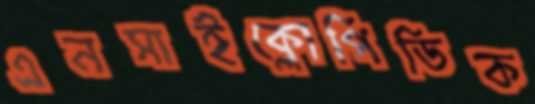
এনসাইক্লোপিডিক